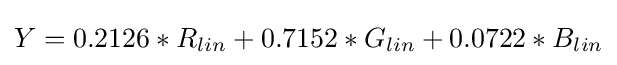
Y=0.2126*R_{lin}+0.7152*G_{lin}+0.0722*B_{lin}